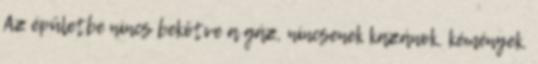
Az épületbe nincs bekötve a gáz, nincsenek kazánok, kémények.